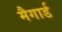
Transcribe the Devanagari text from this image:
मैगार्ड